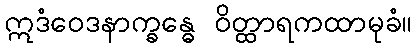
ဣဒံဝေဒနာက္ခန္ဓေ ဝိတ္ထာရကထာမုခံ။